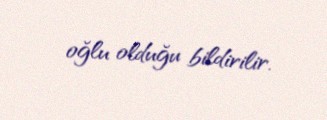
oğlu olduğu bildirilir.